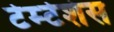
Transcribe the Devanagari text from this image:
टेम्टेशंस